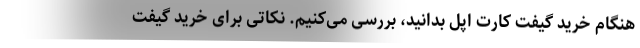
هنگام خرید گیفت کارت اپل بدانید، بررسی می‌کنیم. نکاتی برای خرید گیفت